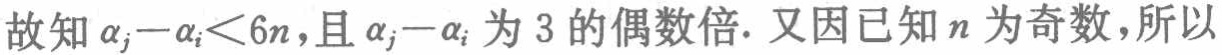
故知\(\alpha_{j}-\alpha_{i}<6n\)，且\(\alpha_{j}-\alpha_{i}\)为\(3\)的偶数倍. 又因已知\(n\)为奇数，所以